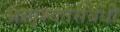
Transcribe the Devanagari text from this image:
अस्पृश्यतेसंबंधी